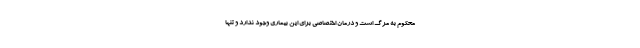
محکوم به مرگ است و درمان اختصاصی برای این بیماری وجود ندارد و تنها